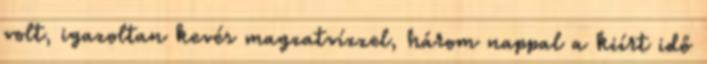
volt, igazoltan kevés magzatvízzel, három nappal a kiírt idő